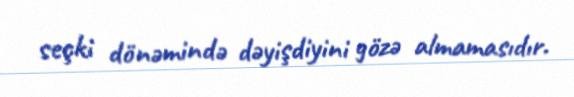
seçki dönəmində dəyişdiyini gözə almamasıdır.